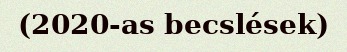
(2020-as becslések)